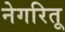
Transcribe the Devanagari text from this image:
नेगरितू